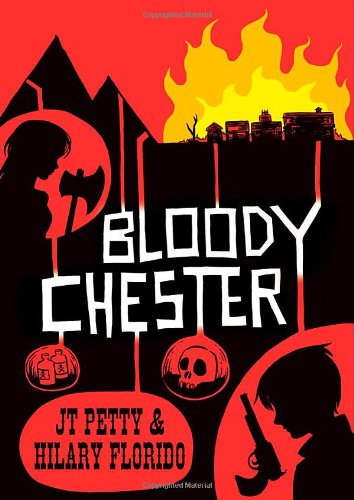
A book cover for Bloody Chester; J.T. Petty; Teen & Young Adult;